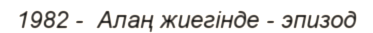
1982 -  Алаң жиегінде - эпизод